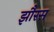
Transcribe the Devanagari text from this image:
झौरस